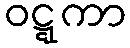
ဝဋ္ဋကာ